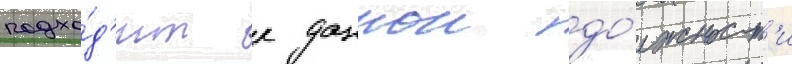
подхо́д'ит к даннои до́лжност'и